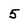
Character: 5